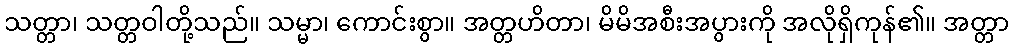
သတ္တာ၊ သတ္တဝါတို့သည်။ သမ္မာ၊ ကောင်းစွာ။ အတ္တဟိတာ၊ မိမိအစီးအပွားကို အလိုရှိကုန်၏။ အတ္တာ